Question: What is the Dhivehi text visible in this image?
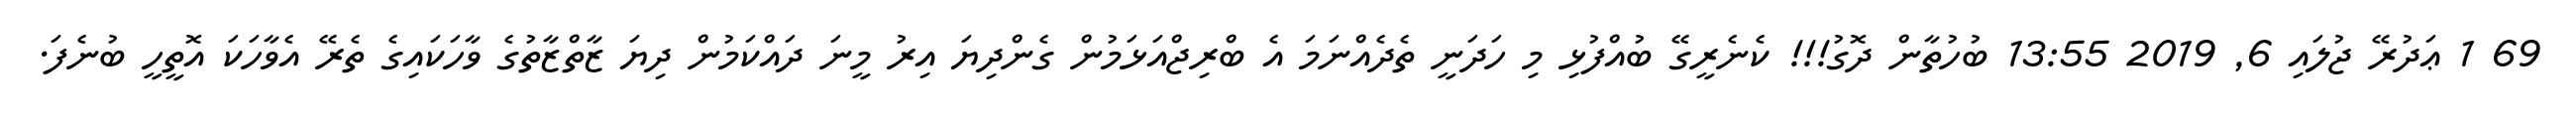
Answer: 69 1 ޢަދުރޭ ޖުލައި 6, 2019 13:55 ބުހުތާން ދޮގު!!! ކެނެރީގޭ ބުއްފުޅި މި ހަދަނީ ތެދެއްނަމަ އެ ބްރިޖްއަޅަމުން ގެންދިޔަ އިރު މީނަ ދައްކަމުން ދިޔަ ޒާތްޒާތުގެ ވާހަކައިގެ ތެރޭ އެވާހަކަ އޮތީހީ ބުނެފަ.